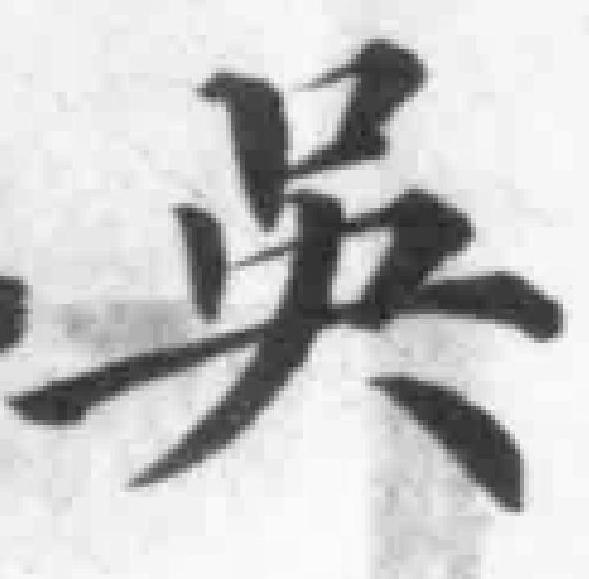
呉